Report on horse surra - Volume II, Part I
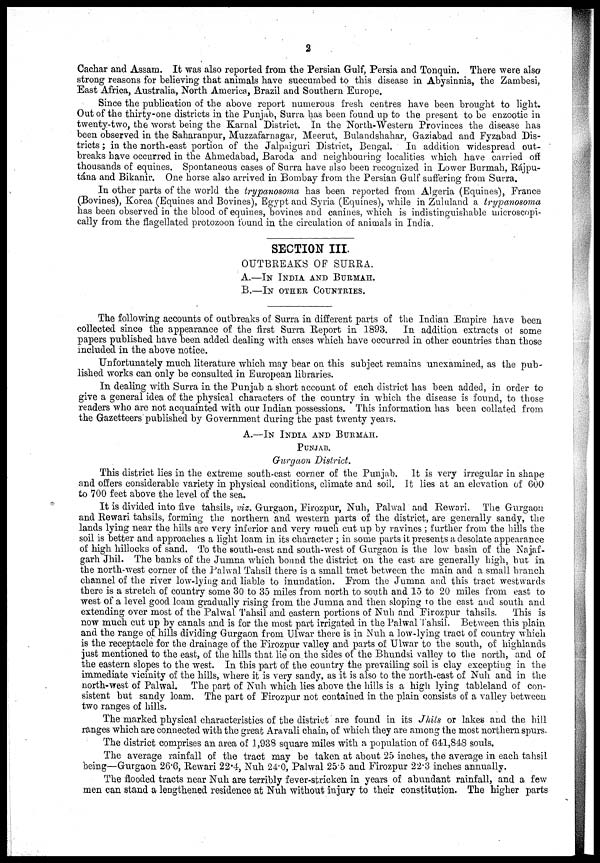
2
Cachar and Assam. It was also reported from the Persian Gulf, Persia and Tonquin. There were also
strong reasons for believing that animals have succumbed to this disease in Abysinnia, the Zambesi,
East Africa, Australia, North America, Brazil and Southern Europe.
Since the publication of the above report numerous fresh centres have been brought to light.
Out of the thirty-one districts in the Punjab, Surra has been found up to the present to be enzootic in
twenty-two, the worst being the Karnal District. In the North-Western Provinces the disease has
been observed in the Saharanpur, Muzzafarnagar, Meerut, Bulandshahar, Gaziabad and Fyzabad Dis-
tricts ; in the north-east portion of the Jalpaiguri District, Bengal. In addition widespread out-
breaks have occurred in the Ahmedabad, Baroda and neighbouring localities which have carried off
thousands of equines. Spontaneous cases of Surra have also been recognized in Lower Burmah, Rájpu¬
tána and Bikanir. One horse also arrived in Bombay from the Persian Gulf suffering from Surra.
In other parts of the world the trypanosoma has been reported from Algeria (Equines), France
(Bovines), Korea (Equines and Bovines), Egypt and Syria (Equines), while in Zululand a trypanosoma
has been observed in the blood of equines, bovines and canines, which is indistinguishable microscopi-
cally from the flagellated protozoon found in the circulation of animals in India.
SECTION III.
OUTBREAKS OF SURRA.
A.—IN INDIA AND BURMAH.
B.—IN OTHER COUNTRIES.
The following accounts of outbreaks of Surra in different parts of the Indian Empire have been
collected since the appearance of the first Surra Report in 1893. In addition extracts of some
papers published have been added dealing with cases which have occurred in other countries than those
included in the above notice.
Unfortunately much literature which may bear on this subject remains unexamined, as the pub-
lished works can only be consulted in European libraries.
In dealing with Surra in the Punjab a short account of each district has been added, in order to
give a general idea of the physical characters of the country in which the disease is found, to those
readers who are not acquainted with our Indian possessions. This information has been collated from
the Gazetteers published by Government during the past twenty years.
A.—IN INDIA AND BURMAH.
PUNJAB.
Gurgaon District.
This district lies in the extreme south-east corner of the Punjab. It is very irregular in shape
and offers considerable variety in physical conditions, climate and soil. It lies at an elevation of 600
to 700 feet above the level of the sea.
It is divided into five tahsils, viz. Gurgaon, Firozpur, Nuh, Palwal and Rewari. The Gurgaon
and Rewari tahsils, forming the northern and western parts of the district, are generally sandy, the
lands lying near the hills are very inferior and very much cut up by ravines ; further from the hills the
soil is better and approaches a light loam in its character ; in some parts it presents a desolate appearance
of high hillocks of sand. To the south-east and south-west of Gurgaon is the low basin of the Najaf¬
garh Jhil. The banks of the Jumna which bound the district on the east are generally high, but in
the north-west corner of the Palwal Tahsil there is a small tract between the main and a small branch
channel of the river low-lying and liable to inundation. From the Jumna and this tract westwards
there is a stretch of country some 30 to 35 miles from north to south and 15 to 20 miles from east to
west of a level good loam gradually rising from the Jumna and then sloping to the east and south and
extending over most of the Palwal Tahsil and eastern portions of Nuh and Firozpur tahsils.
This is
now much cut up by canals and is for the most part irrigated in the Palwal Tahsil. Between this plain
and the range of hills dividing Gurgaon from Ulwar there is in Nuh a low-lying tract of country which
is the receptacle for the drainage of the Firozpur valley and parts of Ulwar to the south, of highlands
just mentioned to the east, of the hills that lie on the sides of the Bhundsi valley to the north, and of
the eastern slopes to the west. In this part of the country the prevailing soil is clay excepting in the
immediate vicinity of the hills, where it is very sandy, as it is also to the north-east of Nuh and in the
north-west of Palwal. The part of Nuh which lies above the hills is a high lying tableland of con-
sistent but sandy loam. The part of Firozpur not contained in the plain consists of a valley between
two ranges of hills.
The marked physical characteristics of the district are found in its Jhils or lakes and the hill
ranges which are connected with the great Aravali chain, of which they are among the most northern spurs.
The district comprises an area of 1,938 square miles with a population of 641,848 souls.
The average rainfall of the tract may be taken at about 25 inches, the average in each tahsil
being—Gurgaon 26.6, Rewari 22.4, Nuh 24.0, Palwal 25.5 and Firozpur 22.3 inches annually.
The flooded tracts near Nuh are terribly fever-stricken in years of abundant rainfall, and a few
men can stand a lengthened residence at Nuh without injury to their constitution. The higher parts